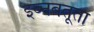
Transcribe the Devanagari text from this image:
इब्‍नबतूता